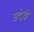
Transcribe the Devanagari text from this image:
संदधे